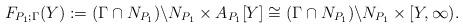
LaTeX: \begin{align*}F_{P_1;\Gamma}(Y):=(\Gamma\cap N_{P_1})\backslash N_{P_1}\times A_{P_1}[Y]\cong(\Gamma\cap N_{P_1})\backslash N_{P_1}\times [Y,\infty). \end{align*}